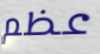
عظم